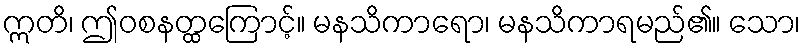
ဣတိ၊ ဤဝစနတ္ထကြောင့်။ မနသိကာရော၊ မနသိကာရမည်၏။ သော၊